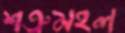
শত্রুমহল